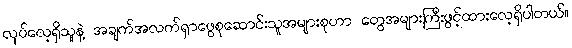
လုပ်လေ့ရှိသူနဲ့ အချက်အလက်ရှာဖွေစုဆောင်းသူအများစုဟာ တွေအများကြီးဖွင့်ထားလေ့ရှိပါတယ်။